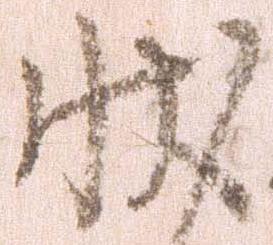
状